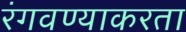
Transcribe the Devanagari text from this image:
रंगवण्याकरता